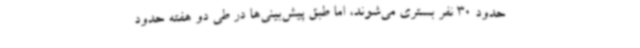
حدود 30 نفر بستری می‌شوند، اما طبق پیش‌بینی‌ها در طی دو هفته حدود